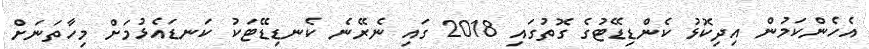
އެހެންކަމުން އިދިކޮޅު ކެންޑިޑޭޓުގެ ގޮތުގައި 2018 ގައި ނެރޭނެ ކެނޑިޑޭޓަކު ކަނޑައެޅުމަށް މިހާތަނަށް